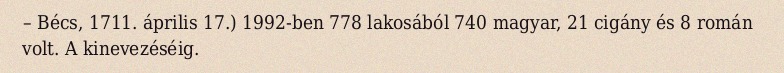
– Bécs, 1711. április 17.) 1992-ben 778 lakosából 740 magyar, 21 cigány és 8 román volt. A kinevezéséig.